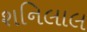
શનિલાલ